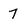
Character: 7